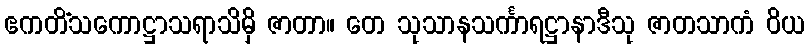
ဧကတိံသကောဋ္ဌာသရာသိမှိ ဇာတာ။ တေ သုသာနသင်္ကာရဋ္ဌာနာဒီသု ဇာတသာကံ ဝိယ